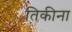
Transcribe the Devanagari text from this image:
तिकीना